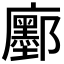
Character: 𢌅